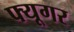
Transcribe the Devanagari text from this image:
फ्यूगर